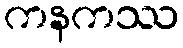
ကနကဿ